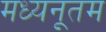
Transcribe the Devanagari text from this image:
मध्यनूतम